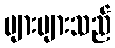
ပျားများသည်